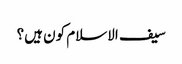
سیف الاسلام کون ہیں؟